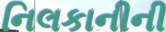
નિલકાનીની